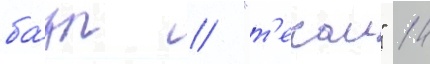
ба́зы // "т'екаи" 14